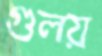
গুলয়